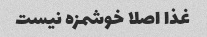
غذا اصلا خوشمزه نیست